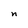
Character: n